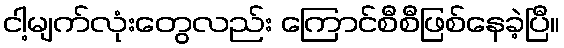
ငါ့မျက်လုံးတွေလည်း ကြောင်စီစီဖြစ်နေခဲ့ပြီ။